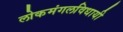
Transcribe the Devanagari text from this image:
लोकमंगलविधायी